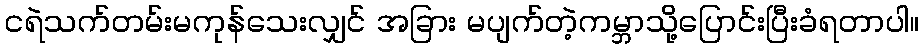
ငရဲသက်တမ်းမကုန်သေးလျှင် အခြား မပျက်တဲ့ကမ္ဘာသို့ပြောင်းပြီးခံရတာပါ။